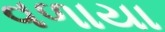
વળાયા